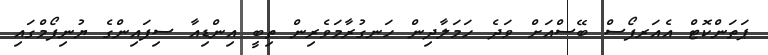
ޕަތަންކޮޓް އެއަރފޯސް ބޭސްއަށް ވަދެ ހަމަލާދިން ހަނގުރާމަވެރިން ތިބީ އިންޑިއާ ސިފައިންގެ ޔުނިފޯމްގައި